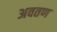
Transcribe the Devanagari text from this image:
अवतण